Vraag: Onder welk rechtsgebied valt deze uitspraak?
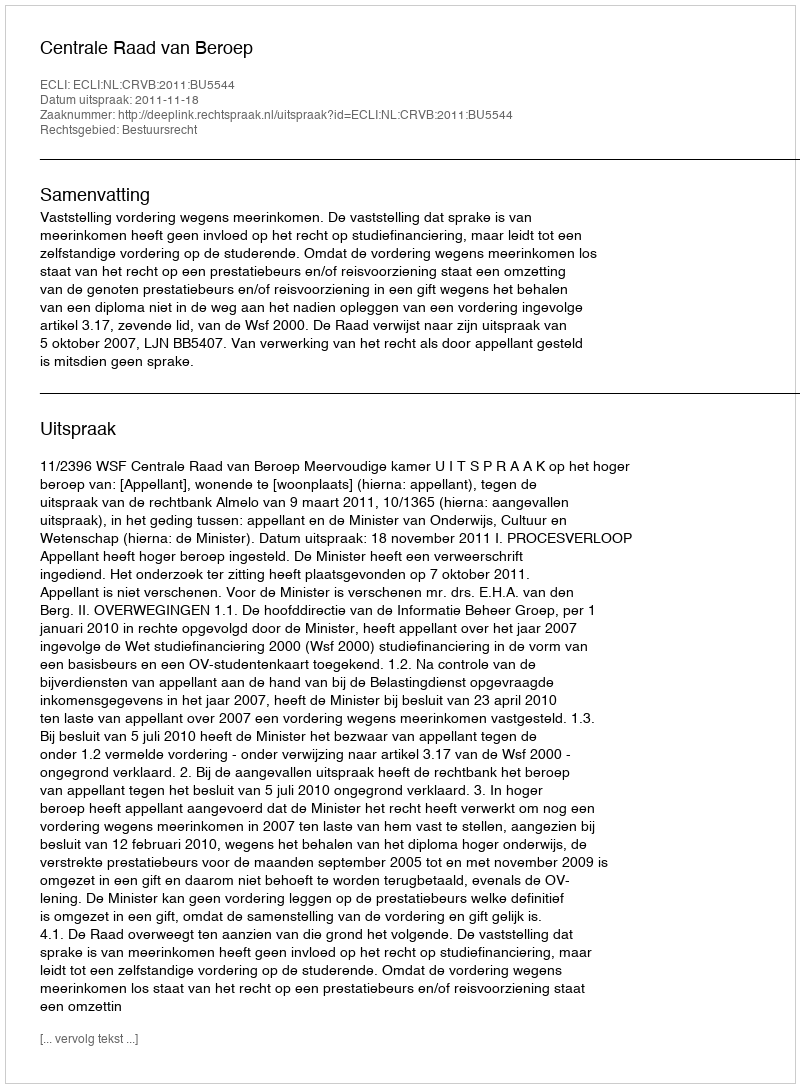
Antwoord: Bestuursrecht